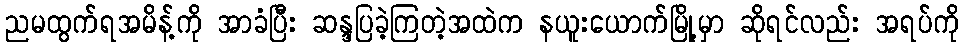
ညမထွက်ရအမိန့်ကို အာခံပြီး ဆန္ဒပြခဲ့ကြတဲ့အထဲက နယူးယောက်မြို့မှာ ဆိုရင်လည်း အရပ်ကို